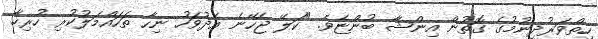
ހިތްވަރުދިނުމުގެ ގޮތުން އިންޝާ ބުންޏެވެ. "ކަލޭ ޖެހޭނެ އެދުވަހު ނިހާ ތަހައްމަލުކުރި ހުރިހާ